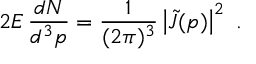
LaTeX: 2 E \, \frac { d N } { d ^ { 3 } p } = \frac { 1 } { ( 2 \pi ) ^ { 3 } } \left| \tilde { J } ( p ) \right| ^ { 2 } \ .